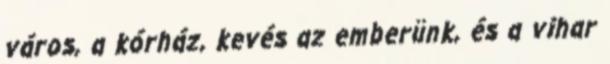
város, a kórház, kevés az emberünk, és a vihar